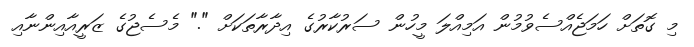
މި ގޮތަށް ހަމަޖެއްސެވުމުން އަމިއްލަ މީހުން ސަރުކާރުގެ އިދާރާތަކަށް "." މެސެޖުގެ ޒަރީއާއިންނާއި